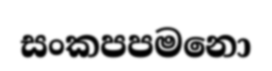
සංකපපමනො